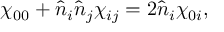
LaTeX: \chi _ { 0 0 } + \hat { n } _ { i } \hat { n } _ { j } \chi _ { i j } = 2 \hat { n } _ { i } \chi _ { 0 i } ,